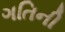
ગતિની